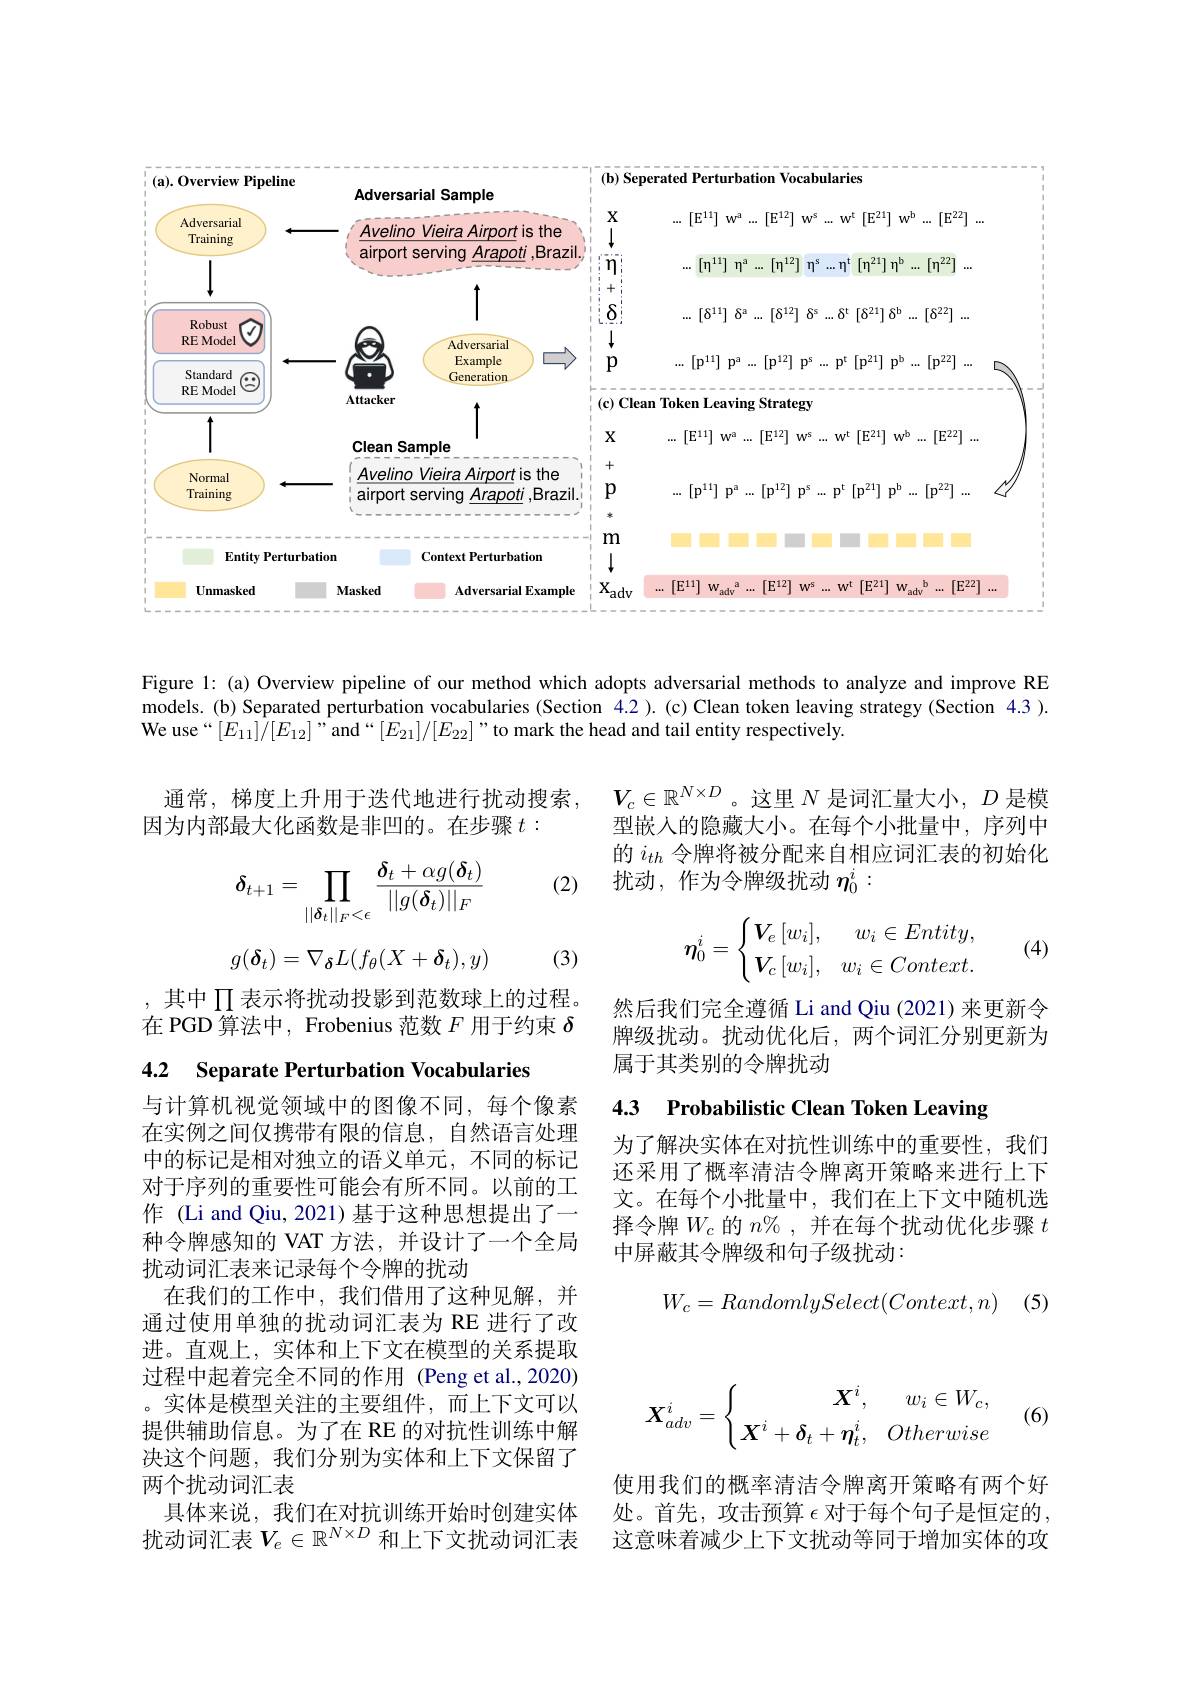
<FigureHere>

Figure 1: (a) Overview pipeline of our method which adopts adversarial methods to analyze and improve RE models.(b) Separated perturbation vocabularies (Section 4.2).(c)Clean token leaving strategy(Section 4.3 ). We use“$[E_{11}]/[E_{12}]$”and“$[E_{21}]/[E_{22}]$”to mark the head and tail entity respectively.

通常，梯度上升用于迭代地进行扰动搜索，
因为内部最大化函数是非凹的。在步骤$t:$

$V_c\in\mathbb{R}^{N\times D}$。这里$N$是词汇量大小，$D$是模型嵌入的隐藏大小。在每个小批量中，序列中的$i_{th}$令牌将被分配来自相应词汇表的初始化扰动，作为令牌级扰动$\eta_0^i:$

(2)
$$\delta_{t+1}=\prod_{||\boldsymbol{\delta}_t||_F<\epsilon}\frac{\boldsymbol{\delta}_t+\alpha g(\boldsymbol{\delta}_t)}{||g(\boldsymbol{\delta}_t)||_F}$$
$$g(\boldsymbol{\delta}_t)=\nabla_\boldsymbol{\delta}L(f_\theta(X+\boldsymbol{\delta}_t),y)$$
$$\eta_0^i=\begin{cases}\boldsymbol{V}_e\:[w_i],&w_i\in Entity,\\\boldsymbol{V}_c\:[w_i],&w_i\in Context.\end{cases}$$
(4)

(3)

, 其中 $\prod$表示将扰动投影到范数球上的过程。在 PGD 算法中，Frobenius 范数$F$用于约束$\delta$

然后我们完全遵循 Li and Qiu (2021) 来更新令牌级扰动。扰动优化后，两个词汇分别更新为属于其类别的令牌扰动

4.2 Separate Perturbation Vocabularies

### 4.3 Probabilistic Clean Token Leaving

为了解决实体在对抗性训练中的重要性，我们还采用了概率清洁令牌离开策略来进行上下文。在每个小批量中，我们在上下文中随机选择令牌$W_c$的$n\%$,并在每个扰动优化步骤$t$ 中屏蔽其令牌级和句子级扰动：
$$W_c=RandomlySelect(Context,n)$$
(5)

与计算机视觉领域中的图像不同，每个像素在实例之间仅携带有限的信息，自然语言处理中的标记是相对独立的语义单元，不同的标记对于序列的重要性可能会有所不同。以前的工作 (Li and Qiu, 2021) 基于这种思想提出了一种令牌感知的 VAT 方法，并设计了一个全局扰动词汇表来记录每个令牌的扰动
在我们的工作中，我们借用了这种见解，并通过使用单独的扰动词汇表为 RE 进行了改进。直观上，实体和上下文在模型的关系提取过程中起着完全不同的作用 (Peng et al.,2020) 。实体是模型关注的主要组件，而上下文可以提供辅助信息。为了在 RE 的对抗性训练中解决这个问题，我们分别为实体和上下文保留了两个扰动词汇表
具体来说，我们在对抗训练开始时创建实体扰动词汇表$V_e\in\mathbb{R}^{N\times D}$ 和上下文扰动词汇表
$$\boldsymbol{X}_{adv}^i=\begin{cases}\quad\boldsymbol{X}^i,&w_i\in W_c,\\\boldsymbol{X}^i+\boldsymbol{\delta}_t+\boldsymbol{\eta}_t^i,&Otherwise\end{cases}$$
(6)

使用我们的概率清洁令牌离开策略有两个好处。首先，攻击预算 $\epsilon$ 对于每个句子是恒定的， 这意味着减少上下文扰动等同于增加实体的攻